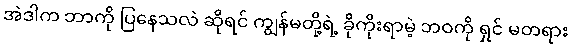
အဲဒါက ဘာကို ပြနေသလဲ ဆိုရင် ကျွန်မတို့ရဲ့ ခိုကိုးရာမဲ့ ဘဝကို ရှင် မတရား